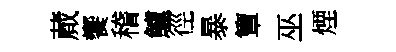
蕆饗稽鱸徑暴簟巫煙